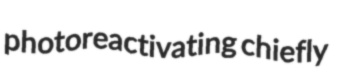
photoreactivating chiefly